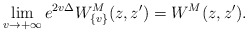
\begin{align*}\lim_{v \to {+\infty}}e^{2v\Delta} {W} ^{M}_{\{ v\}}(z, z') = { W}^{M}(z,z'). \end{align*}